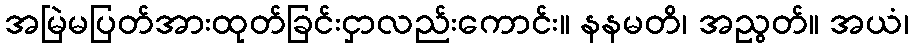
အမြဲမပြတ်အားထုတ်ခြင်းငှာလည်းကောင်း။ နနမတိ၊ အညွတ်။ အယံ၊